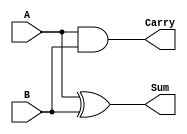
module half_adder (
    input wire A,
    input wire B,
    output wire Sum,
    output wire Carry
);
    assign Sum = A ^ B;      // Sum is A XOR B
    assign Carry = A & B;    // Carry is A AND B
endmodule